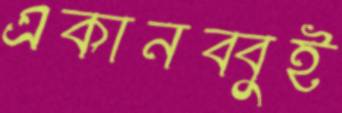
একানব্বুই